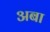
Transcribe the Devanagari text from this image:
अबा